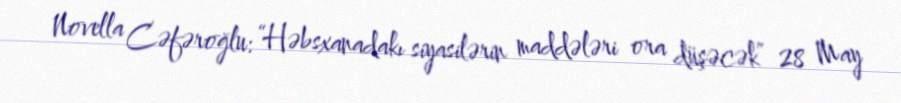
Novella Cəfəroğlu: “Həbsxanadakı siyasilərin maddələri ora düşəcək” 28 May